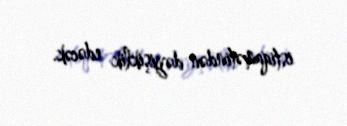
istiqamətindən dəyişiklik edəcək.